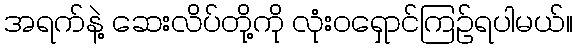
အရက်နဲ့ ဆေးလိပ်တို့ကို လုံးဝရှောင်ကြဉ်ရပါမယ်။